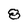
Character: 8